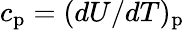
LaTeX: c_{\mathrm{p}}=(dU/dT)_{\mathrm{p}}